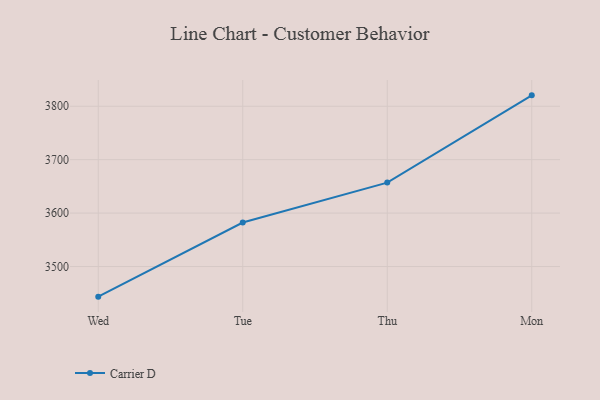
{"axis": {"x": "Day", "y": "Revenue (USD Million)"}, "legend": ["Carrier D"], "data": [{"x": "Wed", "y": 3443.6, "type": "Carrier D"}, {"x": "Tue", "y": 3582.4, "type": "Carrier D"}, {"x": "Thu", "y": 3657.1, "type": "Carrier D"}, {"x": "Mon", "y": 3820.4, "type": "Carrier D"}]}